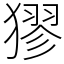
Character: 㺒